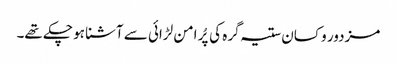
مزدور و کسان ستیہ گرہ کی پُر امن لڑائی سے آشنا ہو چکے تھے۔